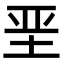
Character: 垩